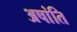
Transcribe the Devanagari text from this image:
अषांति